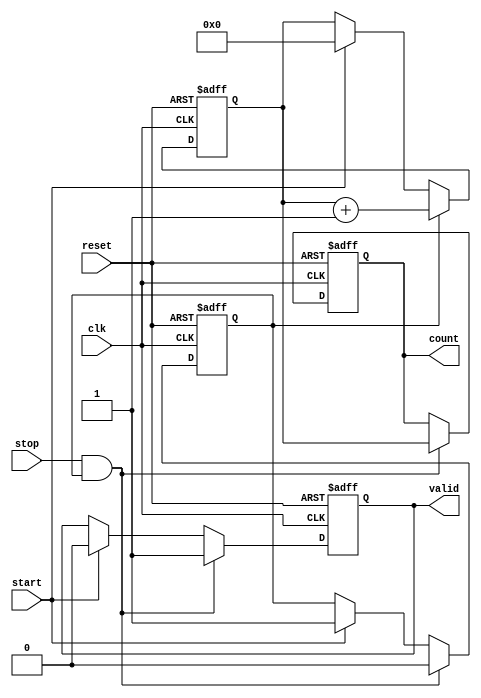
module TDC (
    input wire clk,              // System clock
    input wire reset,            // Asynchronous reset
    input wire start,            // Start signal
    input wire stop,             // Stop signal
    output reg [15:0] count,     // Count output (16-bit for example)
    output reg valid             // Valid signal to indicate count is ready
);

    // Parameters for delay line and counter
    parameter NUM_DELAY_CELLS = 16; // Number of delay cells
    parameter DELAY_UNIT = 1;        // Fixed delay unit (in clock cycles)

    // Delay line
    reg [NUM_DELAY_CELLS-1:0] delay_line;
    
    // Counter
    reg [15:0] counter;              // 16-bit counter
    reg measuring;                   // Flag to indicate measuring state

    // Control logic
    always @(posedge clk or posedge reset) begin
        if (reset) begin
            count <= 16'b0;
            counter <= 16'b0;
            measuring <= 1'b0;
            valid <= 1'b0;
            delay_line <= 16'b0;
        end else begin
            if (start) begin
                measuring <= 1'b1;    // Start measuring
                counter <= 16'b0;     // Reset counter
                valid <= 1'b0;        // Invalidate output until measurement is done
            end
            
            if (measuring) begin
                // Shift the delay line to simulate delay cells
                delay_line <= {delay_line[NUM_DELAY_CELLS-2:0], 1'b1};
                counter <= counter + 1; // Increment counter
            end
            
            if (stop && measuring) begin
                measuring <= 1'b0;      // Stop measuring
                count <= counter;       // Store the count value
                valid <= 1'b1;          // Set valid signal
            end
        end
    end

endmodule